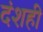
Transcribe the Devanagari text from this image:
दंशही